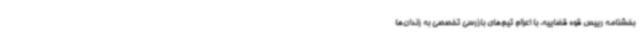
بخشنامه رییس قوه قضاییه، با اعزام تیم‌های بازرسی تخصصی به زندان‌ها